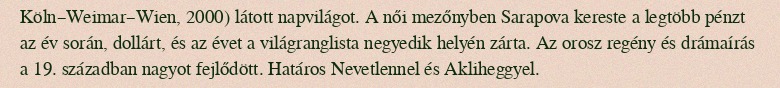
Köln–Weimar–Wien, 2000) látott napvilágot. A női mezőnyben Sarapova kereste a legtöbb pénzt az év során, dollárt, és az évet a világranglista negyedik helyén zárta. Az orosz regény és drámaírás a 19. században nagyot fejlődött. Határos Nevetlennel és Akliheggyel.